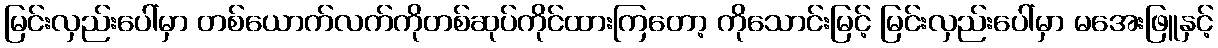
မြင်းလှည်းပေါ်မှာ တစ်ယောက်လက်ကိုတစ်ဆုပ်ကိုင်ထားကြတော့ ကိုသောင်းမြင့် မြင်းလှည်းပေါ်မှာ မအေးဖြူနှင့်